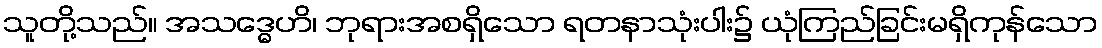
သူတို့သည်။ အသဒ္ဓေဟိ၊ ဘုရားအစရှိသော ရတနာသုံးပါး၌ ယုံကြည်ခြင်းမရှိကုန်သော